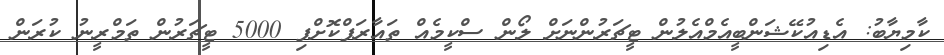
ކާމިޔާބު: އެޑިއުކޭޝަންބީއެމްއެލުން ޓީޗަރުންނަށް ލޯން ސްކީމެއް ތައާރަފްކޮށްފި 5000 ޓީޗަރުން ތަމްރީނު ކުރަން